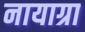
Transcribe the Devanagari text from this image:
नायाग्रा